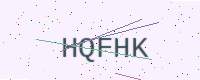
Text: HQFHK